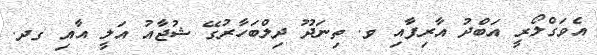
އެވަގްލޯރީ އަބްދު އާރިފާއި ވ. ތިނަދޫ ދިލްބަހާރުގޭ ޝުޖާއު އަލީ އާއި ގދ.